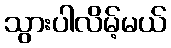
သွားပါလိမ့်မယ်